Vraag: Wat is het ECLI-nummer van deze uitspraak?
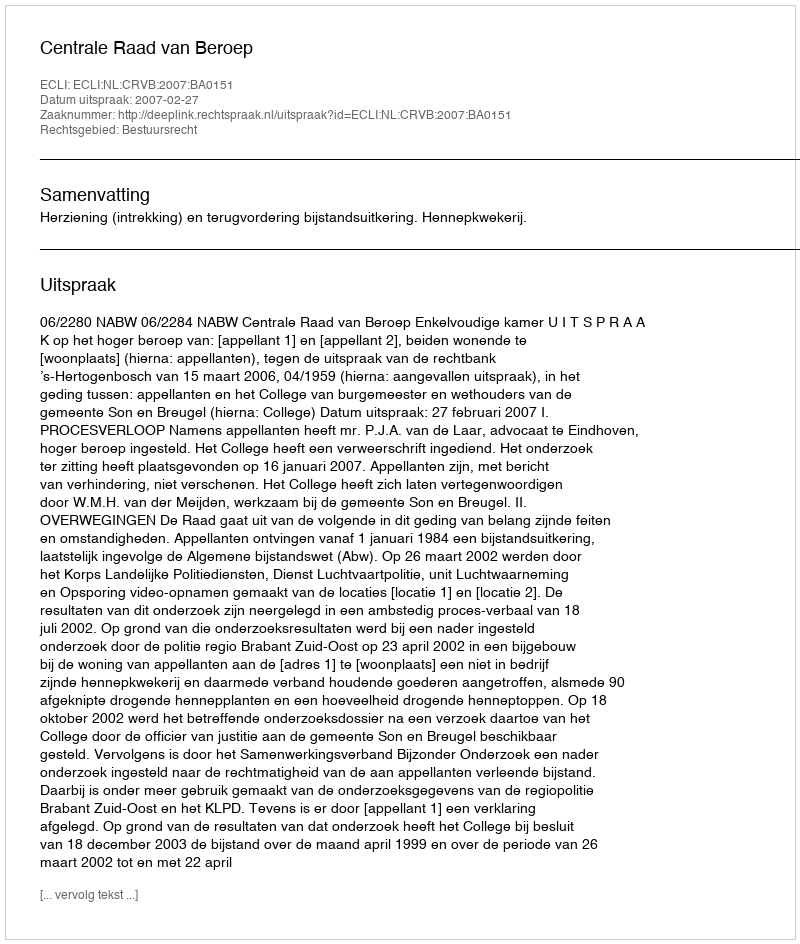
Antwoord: ECLI:NL:CRVB:2007:BA0151